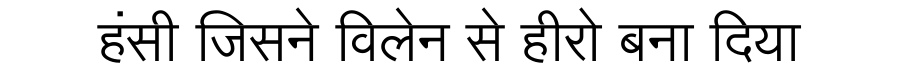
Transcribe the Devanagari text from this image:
हंसी जिसने विलेन से हीरो बना दिया